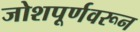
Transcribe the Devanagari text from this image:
जोशपूर्णवरून